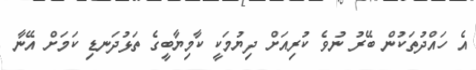
އެ ހައްދުތަކުން ބޭރު ނުވެ ކުރިއަށް ދިޔުމަކީ ކާމިޔާބީގެ ތަޅުދަނޑި ކަމަށް އޭނާ